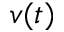
v ( t )